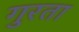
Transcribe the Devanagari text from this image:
गुरता